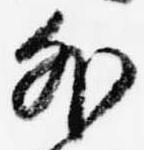
外